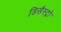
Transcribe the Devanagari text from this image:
डिसैस्ट्रो